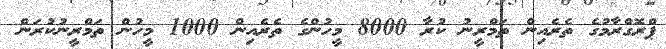
ޕްރޮގްރާމުގެ ތެރެއިން ތަމްރީނު ކުރާ 8000 މީހުންގެ ތެރެއިން 1000 މީހުން ތަމްރީނުކުރަން